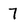
Character: 7